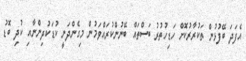
އެފަދަ ބޭފުޅުން ތަކުރާރުކޮށް ހަޑިހުތުރު ބަސްތައް ބޭނުންކުރައްވަމުން މިގެންދަނީ ކުޑަކުދިންނާއި ކުދި ބޮޑު